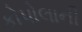
કોપોલાની